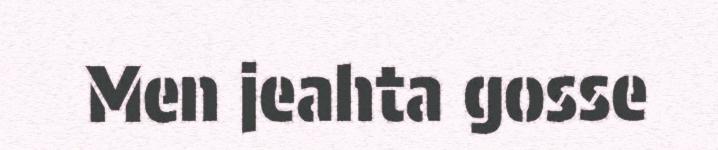
Men jeahta gosse